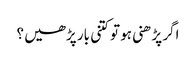
اگر پڑھنی ہو تو کتنی بار پڑھیں ؟